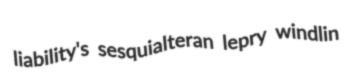
liability's sesquialteran lepry windlin